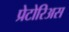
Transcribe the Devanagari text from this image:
प्रेटोरिअस